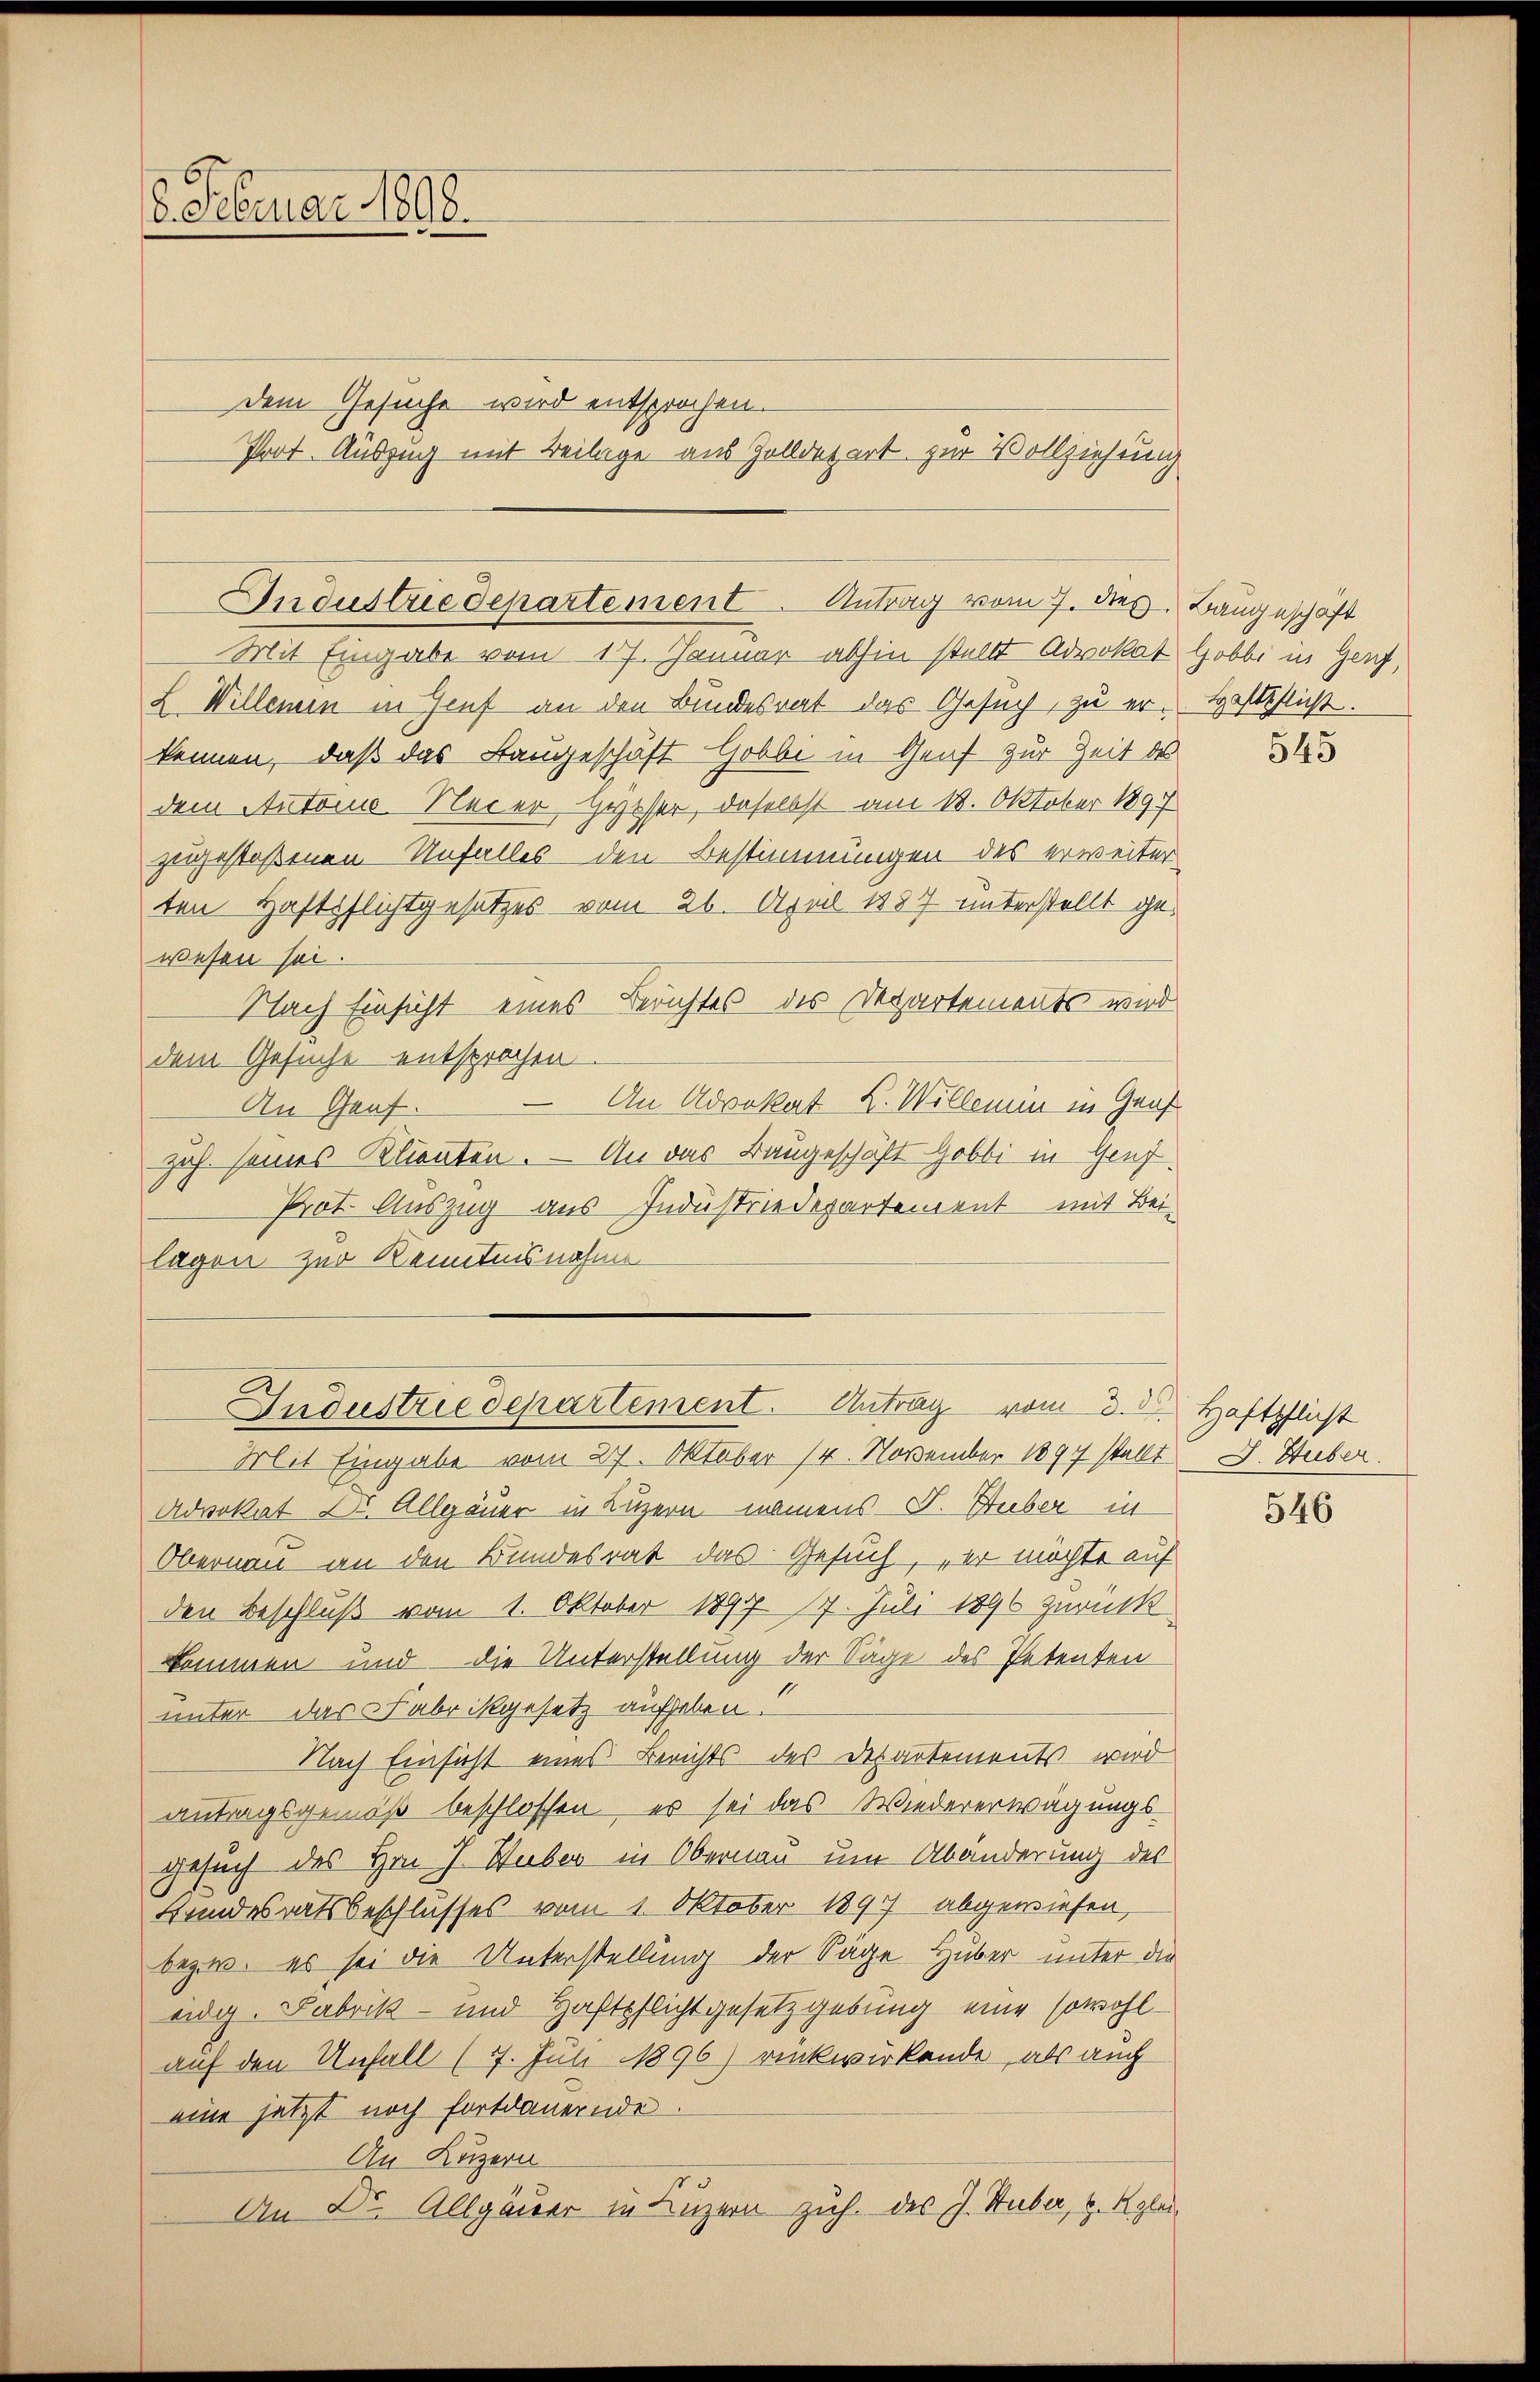
8. Februar 1898.

Mit Eingabe vom 17. Januar abhin stellt Advokat Hobbi in Genf,
L Willenen in Genf an den Bundesrat das Gesuch, zu erkennen, daß das Baugeschäft Gobbe in Genf zur Zeit des
dem Antoine Neier Hesser, daselbst am 18. Oktober 1897
zugestoßenen Unfalles den Bestimmungen des erweiter
ten Haftpflichtgesetzes vom 26. April 1887 unterstellt gewesen sei.
Nach Einsicht eines Berichtes des Departements wird
dem Gesuche entsprochen
An Advokat L. Willemin in Gruf
An Graf.
zuh seines Klienten. — An das Baugeschäft Gobbi in Genf
Prot. Auszug aus Industriedepartement mit Beilagen zur Kenntnisnahme
Mit Eingabe vom 27. Oktober 14. November 1897 stellt J. Stuber
Advokat Dr. Allgäuer in Luzern namens J. Huber in
Obernau an den Bundesrat das Gesuch, er möchte auf
den Beschluß vom 1. Oktober 1897. 17. Juli 1896 zurück
kommen und – die Unterstellung der Sage des Petenten
unter das Fabrikgesetz aufheben.
Nach Einsicht eines Berichts des Departements wird
antragsgemäß beschlossen, es sei das Wiedererwägungs¬
Gesuch des Hrn. J. Huber in Obernau um Abänderung des
Bundesratsbeschlusses vom 1. Oktober 1897 abgewiesen,
bezw. es sei die Unterstellung der Sage Huber unter die
edg. Fabrik- und Haftpflichtgesetzgebung eine sowohlauf den Unfall (77. Juli 1896) rückwirkende, als auch
eine jetzt noch fortdauernde.
An Luzern
An Dr. Allgäuer in Luzern zuh. des J. Stuber, H. Rglu

dem Gesuche wird entsprochen.
Prot. Auszug mit Beilage aus Golldepart zur Vollziehung

Industriedepartement. Antrag vom 7. dies Baugeschäft

Industriedepartement. Antrag vom 3. d. Haftpflicht

Haftpflicht.

545

546